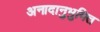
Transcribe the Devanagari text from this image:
अनादानुभुमित